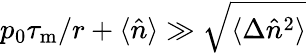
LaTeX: p_{0}\tau_{\mathrm{m}}/r+\langle\hat{n}\rangle\gg\sqrt{\langle\Delta\hat{n}^{2}\rangle}